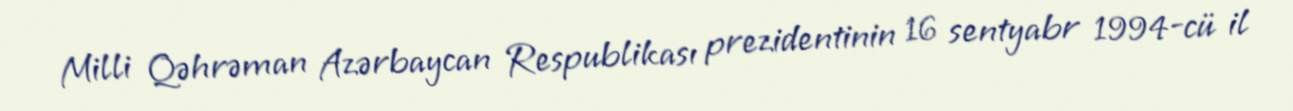
Milli Qəhrəman Azərbaycan Respublikası prezidentinin 16 sentyabr 1994-cü il